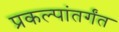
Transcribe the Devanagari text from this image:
प्रकल्पांतर्गंत